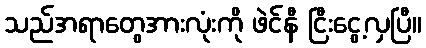
သည်အရာတွေအားလုံးကို ဖဲင်နီ ငြီးငွေ့လှပြီ။